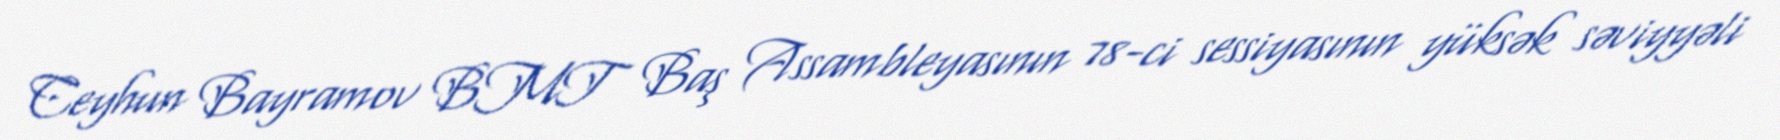
Ceyhun Bayramov BMT Baş Assambleyasının 78-ci sessiyasının yüksək səviyyəli